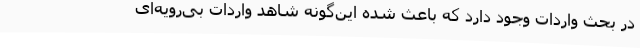
در بحث واردات وجود دارد که باعث شده این‌گونه شاهد واردات بی‌رویه‌ای